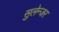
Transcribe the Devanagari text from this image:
सुलेन्जर